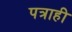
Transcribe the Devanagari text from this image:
पत्राही